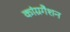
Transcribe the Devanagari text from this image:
कांग्रगैशन